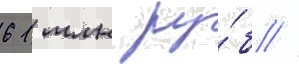
61 млн ру́б //